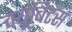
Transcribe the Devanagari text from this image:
क्यूबिटस